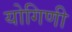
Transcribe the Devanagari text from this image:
योगिणी